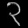
Digit: ၃